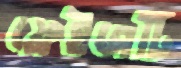
ফ্রেইজটি